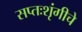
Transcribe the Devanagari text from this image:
सप्तःशृंगीचे